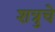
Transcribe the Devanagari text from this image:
शत्रुचे